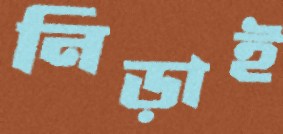
নিড়াই